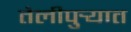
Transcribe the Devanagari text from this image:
तेलीपुर्‍यात